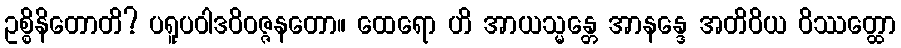
ဥစ္စိနိတောတိ? ပရူပဝါဒဝိဝဇ္ဇနတော။ ထေရော ဟိ အာယသ္မန္တေ အာနန္ဒေ အတိဝိယ ဝိဿတ္ထော